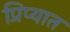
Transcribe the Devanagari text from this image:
प्रिप्यात